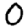
Digit: 0